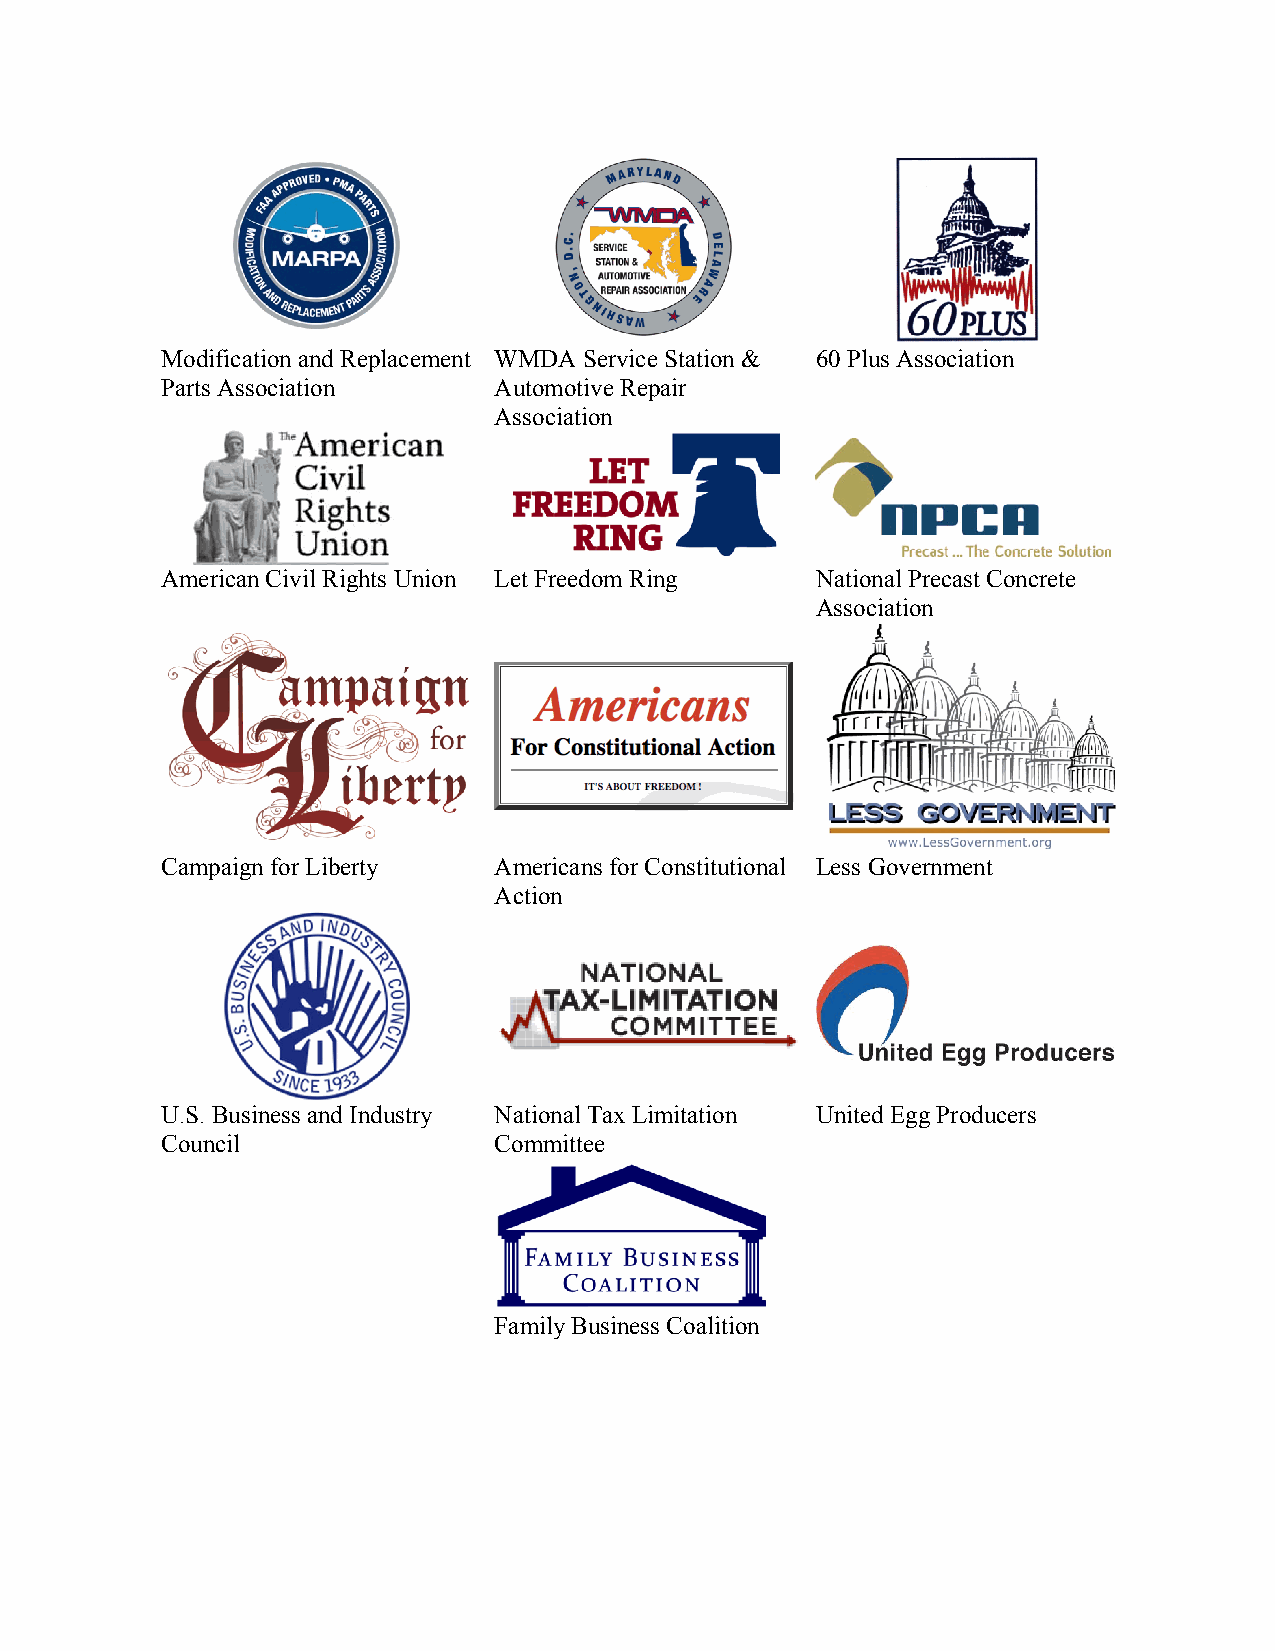
Modification and Replacement WMDA Service Station & 60 Plus Association
 Parts Association     Automotive Repair
 Association
 American Civil Rights Union Let Freedom Ring National Precast Concrete
 Association
 Campaign for Liberty  Americans for Constitutional Less Government
 Action
 U.S. Business and Industry National Tax Limitation United Egg Producers
 Council               Committee
 Family Business Coalition